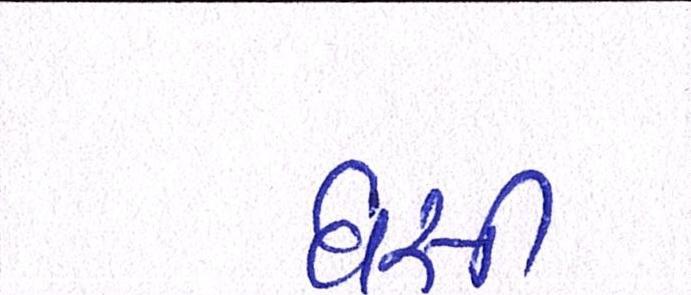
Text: ઘસી